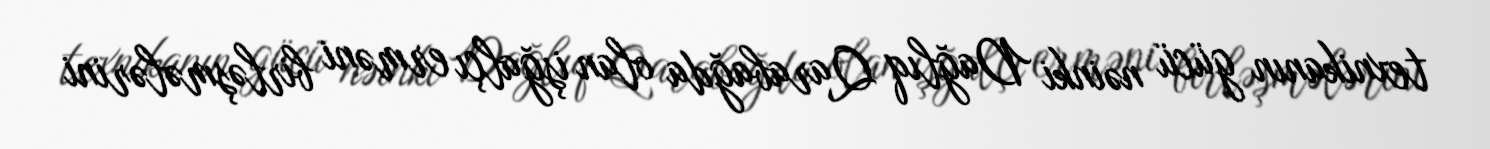
texnikanın gücü nəinki Dağlıq Qarabağda olan işğalçı erməni birləşmələrini